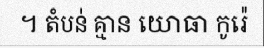
។ តំបន់ គ្មាន យោធា កូរ៉េ